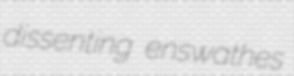
dissenting enswathes